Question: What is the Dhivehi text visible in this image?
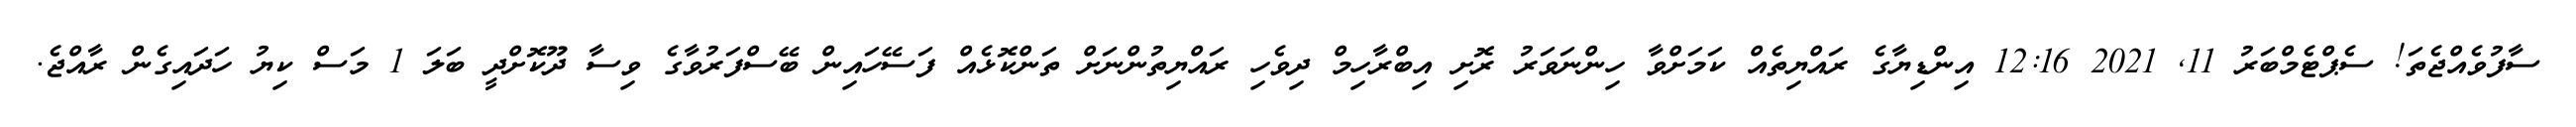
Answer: ސާފުވެއްޖެތަ! ސެޕްޓެމްބަރު 11, 2021 12:16 އިންޑިޔާގެ ރައްޔިތެއް ކަމަށްވާ ހިންނަވަރު ރޮށި އިބްރާހިމް ދިވެހި ރައްޔިތުންނަށް ތަންކޮޅެއް ފަސޭހައިން ބޭސްފަރުވާގެ ވިސާ ދޫކޮށްދީ ބަލަ 1 މަސް ކިޔު ހަދައިގެން ރާއްޖެ.